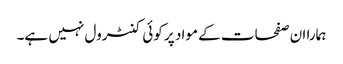
ہمارا ان صفحات کے مواد پر کوئی کنٹرول نہیں ہے۔